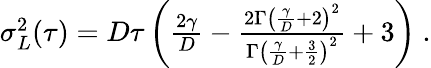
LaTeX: \begin{array}{r}{\sigma_{L}^{2}(\tau)=D\tau\left(\frac{2\gamma}{D}-\frac{2\Gamma\left(\frac{\gamma}{D}+2\right)^{2}}{\Gamma\left(\frac{\gamma}{D}+\frac{3}{2}\right)^{2}}+3\right)\ .}\end{array}